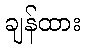
ချန်ထား